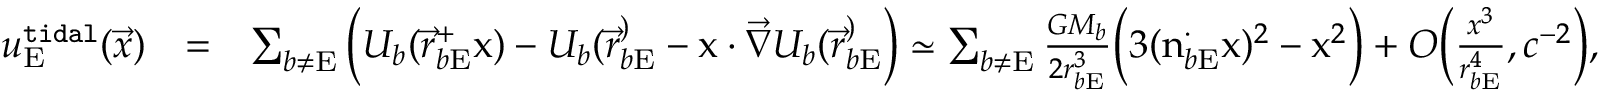
\begin{array} { r l r } { u _ { \mathrm { E } } ^ { \tt t i d a l } ( \vec { x } ) } & { = } & { \sum _ { b \not = \mathrm { E } } \Big ( U _ { b } ( { \vec { r } } _ { b \mathrm { E } } ^ + \boldsymbol { \mathrm { x } } ) - U _ { b } ( { \vec { r } } _ { b \mathrm { E } } ^ ) - \boldsymbol { \mathrm { x } } \cdot { \vec { \nabla } } U _ { b } ( { \vec { r } } _ { b \mathrm { E } } ^ ) \Big ) \simeq \sum _ { b \not = \mathrm { E } } \frac { G M _ { b } } { 2 r _ { b \mathrm { E } } ^ { 3 } } \Big ( 3 ( \boldsymbol { \mathrm { n } } _ { b \mathrm { E } } ^ \cdot \boldsymbol { \mathrm { x } } ) ^ { 2 } - \boldsymbol { \mathrm { x } } ^ { 2 } \Big ) + { \cal O } \Big ( \frac { x ^ { 3 } } { r _ { b \mathrm { E } } ^ { 4 } } , c ^ { - 2 } \Big ) , } \end{array}